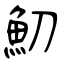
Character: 魛